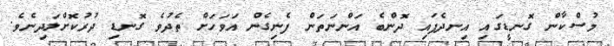
މުސްކާން ގޮނޑީގައި އިނދެފައި ދޮންބެ އަންނަތަން ފެނިގެން އަވަހަށް ތެދުވެ ގޮނޑި ދުރުކޮށްލަދިނެވެ.